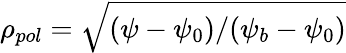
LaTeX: \rho_{pol}=\sqrt{(\psi-\psi_{0})/(\psi_{b}-\psi_{0})}